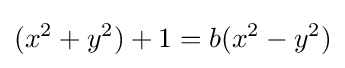
(x^{2}+y^{2})+1=b(x^{2}-y^{2})